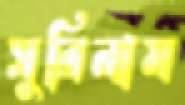
সুরিনাম